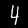
Label: 4